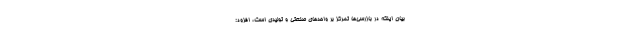
بیان اینکه در بازرسی‌ها تمرکز بر واحدهای صنعتی و تولیدی است، افزود: